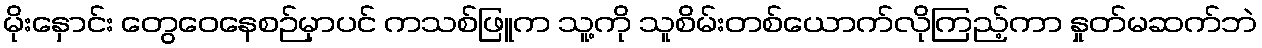
မိုးနှောင်း တွေဝေနေစဉ်မှာပင် ကသစ်ဖြူက သူ့ကို သူစိမ်းတစ်ယောက်လိုကြည့်ကာ နှုတ်မဆက်ဘဲ